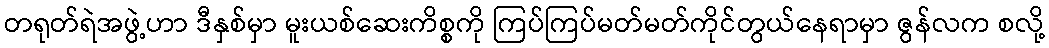
တရုတ်ရဲအဖွဲ့ဟာ ဒီနှစ်မှာ မူးယစ်ဆေးကိစ္စကို ကြပ်ကြပ်မတ်မတ်ကိုင်တွယ်နေရာမှာ ဇွန်လက စလို့